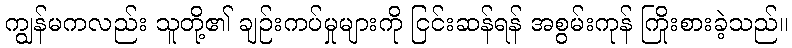
ကျွန်မကလည်း သူတို့၏ ချဉ်းကပ်မှုများကို ငြင်းဆန်ရန် အစွမ်းကုန် ကြိုးစားခဲ့သည်။